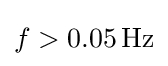
f>0.05\,\mathrm {Hz}